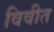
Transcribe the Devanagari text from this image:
विवीत